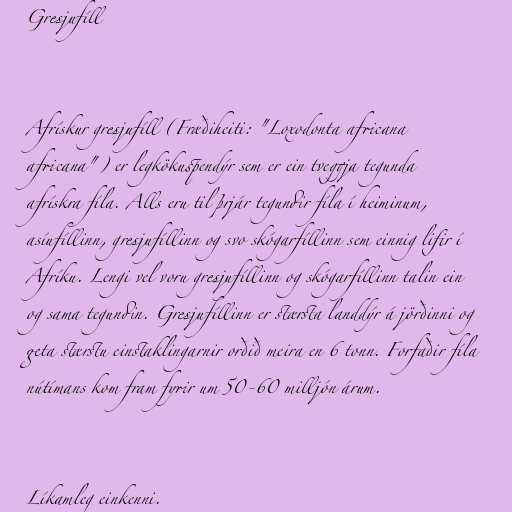
Gresjufíll

Afrískur gresjufíll (Fræðiheiti: "Loxodonta africana
africana") er legkökuspendýr sem er ein tveggja tegunda
afrískra fíla. Alls eru til þrjár tegundir fíla í heiminum,
asíufíllinn, gresjufíllinn og svo skógarfíllinn sem einnig lifir í
Afríku. Lengi vel voru gresjufíllinn og skógarfíllinn talin ein
og sama tegundin. Gresjufíllinn er stærsta landdýr á jörðinni og
geta stærstu einstaklingarnir orðið meira en 6 tonn. Forfaðir fíla
nútímans kom fram fyrir um 50-60 milljón árum.

Líkamleg einkenni.